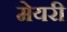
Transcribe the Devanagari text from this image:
मेयरी